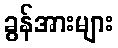
ခွန်အားများ